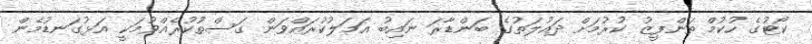
ކޯޓުގެ ހުކުމް ތަންފީޒު ކުރުމަށް ދައުލަތުގެ ބަންޑާރަ ނައިބު އަމަލުކުރައްވަން ގަސްތުކުރެއްވުމަކީ އަޅުގަނޑުމެން